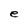
Character: e